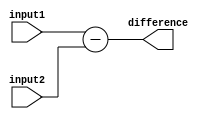
module comb_subtractor (
  input [3:0] input1,
  input [3:0] input2,
  output reg [3:0] difference
);

assign difference = input1 - input2;

endmodule